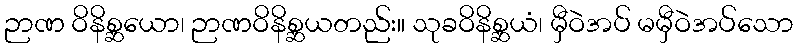
ဉာဏ ဝိနိစ္ဆယော၊ ဉာဏဝိနိစ္ဆယတည်း။ သုခဝိနိစ္ဆယံ၊ မှီဝဲအပ် မမှီဝဲအပ်သော